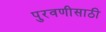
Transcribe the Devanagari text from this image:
पुरवणीसाठी